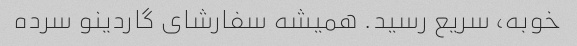
خوبه، سریع رسید. همیشه سفارشای گاردینو سرده